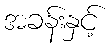
အခန်းနှင့်